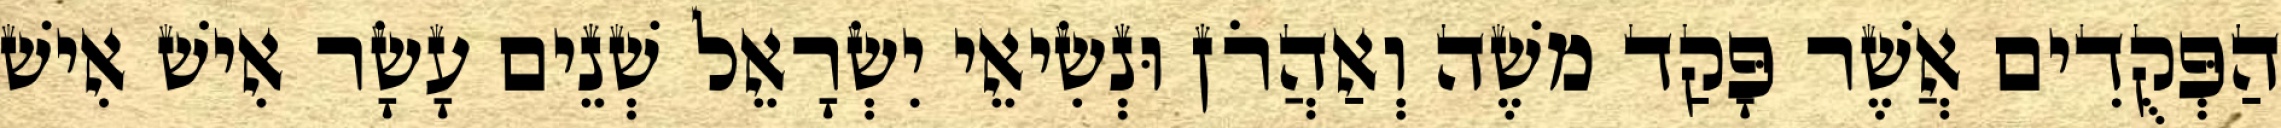
הַפְּקֻדִים אֲשֶׁר פָּקַד משֶׁה וְאַהֲרֹן וּנְשִׂיאֵי יִשְׂרָאֵל שְׁנֵים עָשָׂר אִישׁ אִישׁ